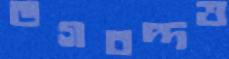
ভগবদ্‌দত্ত